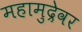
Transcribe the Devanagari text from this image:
महामुद्रेवर